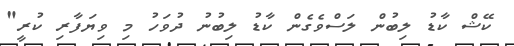
ކޭޝް ކާޑު ލިބުން ލަސްވެގެން ކާޑު ލިބުނު ދުވަހު މި ވިޔަފާރި ކުރީ"